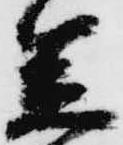
笠